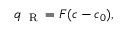
q _ { \mathrm { ~ \tiny ~ R ~ } } = F ( c - c _ { 0 } ) ,